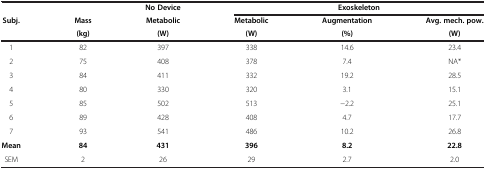
|  |  | No Device | <COLSPAN=3> Exoskeleton |
 | <ROWSPAN=2> Subj. | Mass | Metabolic | Metabolic | Augmentation | Avg. mech. pow. |
 | (kg) | (W) | (W) | (%) | (W) |
 | --- | --- | --- | --- | --- | --- |
 | 1 | 82 | 397 | 338 | 14.6 | 23.4 |
 | 2 | 75 | 408 | 378 | 7.4 | NA* |
 | 3 | 84 | 411 | 332 | 19.2 | 28.5 |
 | 4 | 80 | 330 | 320 | 3.1 | 15.1 |
 | 5 | 85 | 502 | 513 | -2.2 | 25.1 |
 | 6 | 89 | 428 | 408 | 4.7 | 17.7 |
 | 7 | 93 | 541 | 486 | 10.2 | 26.8 |
 | Mean | 84 | 431 | 396 | 8.2 | 22.8 |
 | SEM | 2 | 26 | 29 | 2.7 | 2.0 |